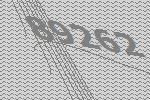
89262